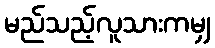
မည်သည့်လူသားကမျှ